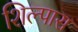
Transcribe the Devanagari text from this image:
शिल्पास